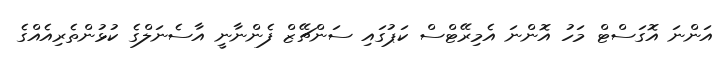
އަންނަ އޮގަސްޓް މަހު އޮންނަ އެމިރޭޓްސް ކަޕުގައި ސަންޗޭޒް ފެންނާނީ އާސެނަލްގެ ކުޅުންތެރިއެއްގެ